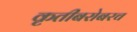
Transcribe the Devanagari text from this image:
कृतीबरोबरच